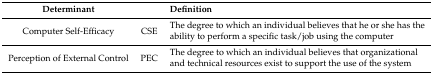
<table><thead><tr><td><b>Determinant</b></td><td></td><td><b>Definition</b></td></tr></thead><tbody><tr><td>Computer Self-Efficacy</td><td>CSE</td><td>The degree to which an individual believes that he or she has the ability to perform a specific task/job using the computer</td></tr><tr><td>Perception of External Control</td><td>PEC</td><td>The degree to which an individual believes that organizational and technical resources exist to support the use of the system</td></tr></tbody></table>